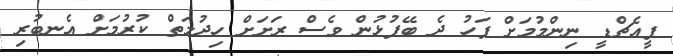
ޕީއެޗްޑީ ނިންމުމަށް ފަހު ދެ ބޭފުޅުން ވެސް ރަށަށް ހިދުމަތް ކުރުމަށް އެނބުރި